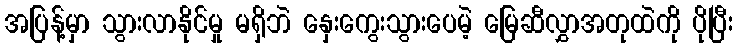
အပြန့်မှာ သွားလာနိုင်မှု မရှိဘဲ နှေးကွေးသွားပေမဲ့ မြေဆီလွှာအတုထဲကို ပိုပြီး